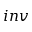
i n v